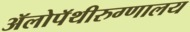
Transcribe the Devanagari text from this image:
ॲलोपॅथीरुग्णालय